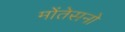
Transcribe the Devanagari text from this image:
मोंतेसनो